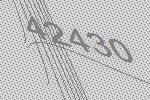
42430